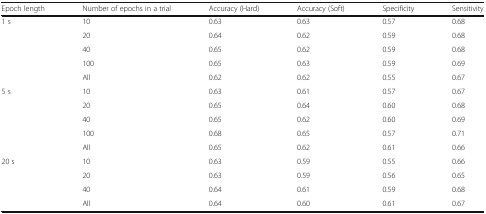
| Epoch length | Number of epochs in a trial | Accuracy (Hard) | Accuracy (Soft) | Specificity | Sensitivity |
 | --- | --- | --- | --- | --- | --- |
 | <ROWSPAN=5> 1 s | 10 | 0.63 | 0.63 | 0.57 | 0.68 |
 | 20 | 0.64 | 0.62 | 0.59 | 0.68 |
 | 40 | 0.65 | 0.62 | 0.59 | 0.68 |
 | 100 | 0.65 | 0.63 | 0.59 | 0.69 |
 | All | 0.62 | 0.62 | 0.55 | 0.67 |
 | <ROWSPAN=5> 5 s | 10 | 0.63 | 0.61 | 0.57 | 0.67 |
 | 20 | 0.65 | 0.64 | 0.60 | 0.68 |
 | 40 | 0.65 | 0.62 | 0.60 | 0.69 |
 | 100 | 0.68 | 0.65 | 0.57 | 0.71 |
 | All | 0.65 | 0.62 | 0.61 | 0.66 |
 | <ROWSPAN=4> 20 s | 10 | 0.63 | 0.59 | 0.55 | 0.66 |
 | 20 | 0.63 | 0.59 | 0.56 | 0.65 |
 | 40 | 0.64 | 0.61 | 0.59 | 0.68 |
 | All | 0.64 | 0.60 | 0.61 | 0.67 |